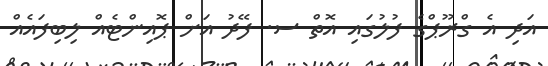
އަދި އެ ގްރޫޕްގެ ފުލުގައި އޮތް ސ. ފޭދު އަށް ޕޮއިންޓެއް ލިބިފައެއް